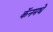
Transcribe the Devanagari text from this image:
कॅनमधे